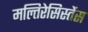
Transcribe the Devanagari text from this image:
मल्तिरेसिस्तेंस